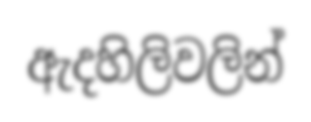
ඇදහිලිවලින්